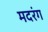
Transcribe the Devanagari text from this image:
मदरंग